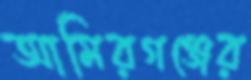
আমিরগঞ্জের